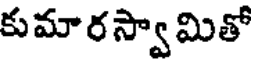
కుమారస్వామితో